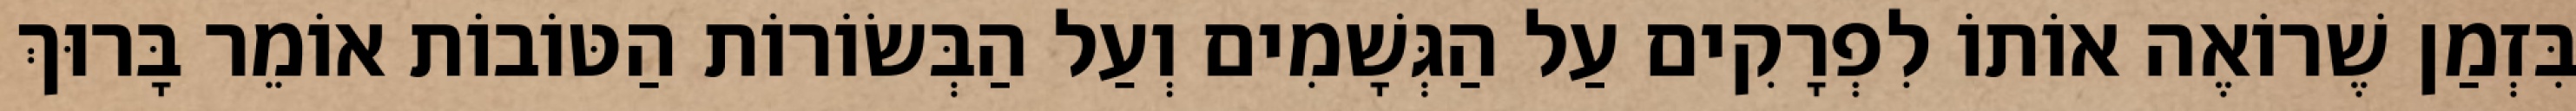
בִּזְמַן שֶׁרוֹאֶה אוֹתוֹ לִפְרָקִים עַל הַגְּשָׁמִים וְעַל הַבְּשׂוֹרוֹת הַטּוֹבוֹת אוֹמֵר בָּרוּךְ